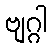
ဗျဂ္ဂါ